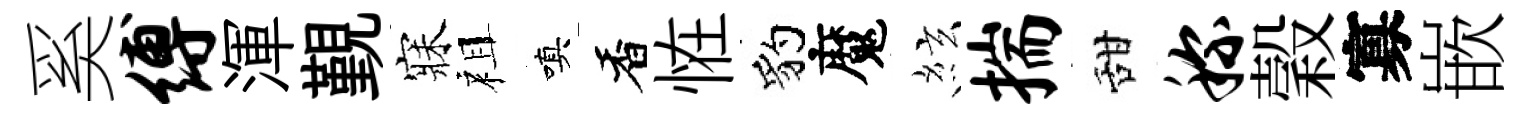
奚缚渾覲寐祖嗔香恠豹魔絃揣甜称穀寡嵌